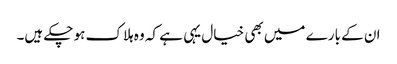
ان کے بارے میں بھی خیال یہی ہے کہ وہ ہلاک ہو چکے ہیں۔